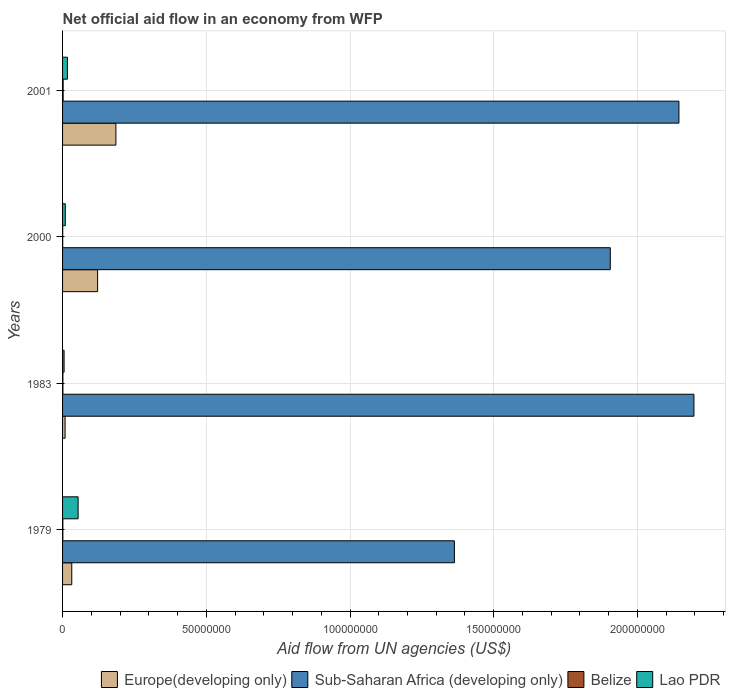
| Years | Europe(developing only) | Sub-Saharan Africa (developing only) | Belize | Lao PDR |
 | --- | --- | --- | --- | --- |
 | 1979 | 3.2e+06 | 1.36e+08 | 1e+05 | 5.41e+06 |
 | 1983 | 8.8e+05 | 2.2e+08 | 1.2e+05 | 5.3e+05 |
 | 2000 | 1.22e+07 | 1.91e+08 | 5e+04 | 9.5e+05 |
 | 2001 | 1.86e+07 | 2.14e+08 | 2e+05 | 1.69e+06 |